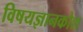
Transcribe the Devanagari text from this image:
विषयज्ञानकोश